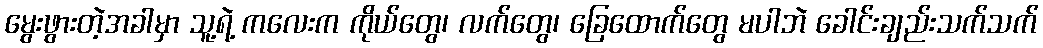
မွေးဖွားတဲ့အခါမှာ သူ့ရဲ့ ကလေးက ကိုယ်တွေ၊ လက်တွေ၊ ခြေထောက်တွေ မပါဘဲ ခေါင်းချည်းသက်သက်